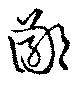
鄙